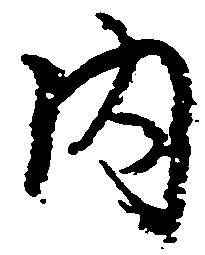
内